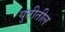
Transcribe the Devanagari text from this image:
युतीतील